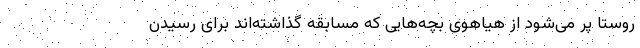
روستا پُر می‌شود از هیاهوی بچه‌هایی که مسابقه گذاشته‌اند برای رسیدن